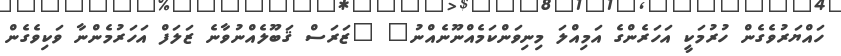
ހައްޔަރުވެގެން ހުރުމަކީ އަހަރެންގެ އަމިއްލަ މިނިވަންކަމެއްނޫނެއްނު" "ޒަރަސް ޤަބޫލެއްނުވާނެ ޒަލަފް އަހަރުމެންނާ ވަކިވެގެން